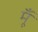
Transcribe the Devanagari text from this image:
मूँ